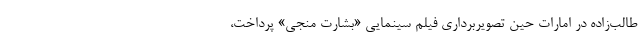
طالب‌زاده در امارات حین تصویربرداری فیلم سینمایی «بشارت منجی» پرداخت،